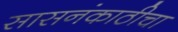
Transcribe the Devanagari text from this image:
सासनंकाठीचा